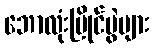
ဘောလုံးပြိုင်ပွဲများ